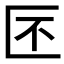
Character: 𠤯